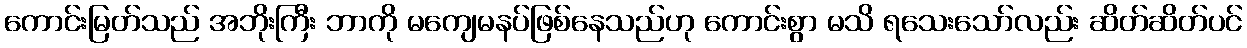
ကောင်းမြတ်သည် အဘိုးကြီး ဘာကို မကျေမနပ်ဖြစ်နေသည်ဟု ကောင်းစွာ မသိ ရသေးသော်လည်း ဆိတ်ဆိတ်ပင်